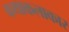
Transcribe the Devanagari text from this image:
कथाकलाकार